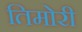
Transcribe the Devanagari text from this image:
तिमोरी